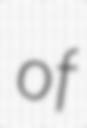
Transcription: of